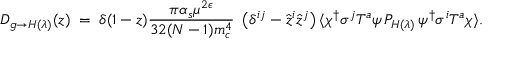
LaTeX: D _ { g \to H ( \lambda ) } ( z ) \; = \; \delta ( 1 - z ) { \frac { \pi \alpha _ { s } \mu ^ { 2 \epsilon } } { 3 2 ( N - 1 ) m _ { c } ^ { 4 } } } \; \left( \delta ^ { i j } - { \hat { z } } ^ { i } { \hat { z } } ^ { j } \right) \langle \chi ^ { \dagger } \sigma ^ { j } T ^ { a } \psi \, { \cal P } _ { H ( \lambda ) } \, \psi ^ { \dagger } \sigma ^ { i } T ^ { a } \chi \rangle .